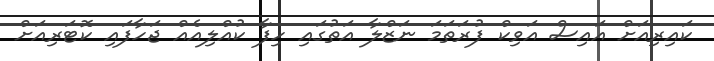
ކައިރިއަށް އައިސް އަވިކް ފުރަތަމަ ނަޒްލާ އަތުގައި ހިފާ ކުއްލިއެއް ޖަހާފައި ކޮޓަރިއަށް